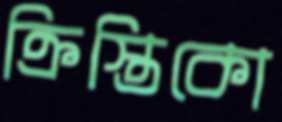
ক্রিস্তিকো